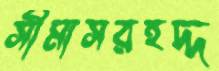
সীমাসরহদ্দ